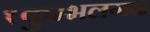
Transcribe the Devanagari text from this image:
१कुम्भलगढ